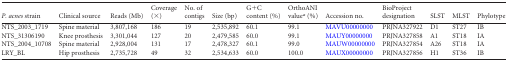
| P. acnes strain | Clinical source | Reads (Mb) | Coverage (×) | No. of contigs | Size (bp) | G+C content (%) | OrthoANI valuea (%) | Accession no. | BioProject designation | SLST | MLST | Phylotype |
 | --- | --- | --- | --- | --- | --- | --- | --- | --- | --- | --- | --- | --- |
 | NTS_2003_1719 | Spine material | 3,807,168 | 186 | 19 | 2,535,892 | 60.1 | 99.1 | MAVU00000000 | PRJNA327922 | D1 | ST27 | IB |
 | NTS_31306190 | Knee prosthesis | 3,301,044 | 127 | 20 | 2,479,585 | 60.0 | 99.1 | MAUY00000000 | PRJNA327858 | A1 | ST18 | IA |
 | NTS_2004_10708 | Spine material | 2,928,004 | 131 | 17 | 2,478,327 | 60.1 | 99.0 | MAUW00000000 | PRJNA327854 | A26 | ST18 | IA |
 | LRY_BL | Hip prosthesis | 2,735,728 | 49 | 32 | 2,534,633 | 60.0 | 100.0 | MAUX00000000 | PRJNA327856 | H1 | ST36 | IB |